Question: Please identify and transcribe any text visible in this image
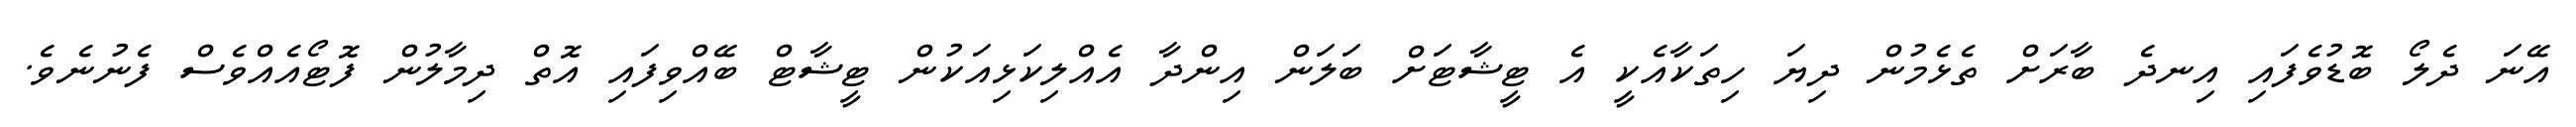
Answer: އޭނަ ދެލޯ ބޮޑުވެފައި އިނދެ ބާރަށް ތެޅެމުން ދިޔަ ހިތަކާއެކީ އެ ޓީޝާޓަށް ބަލަން އިންދާ އެއްލިކަޅިއަކުން ޓީޝާޓް ބޭއްވިފައި އޮތް ދިމާލުން ފޮޓޯއެއްވެސް ފެނުނެވެ.